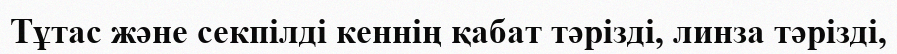
Тұтас және секпілді кеннің қабат тәрізді, линза тәрізді,